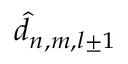
\hat { d } _ { n , m , l \pm 1 }